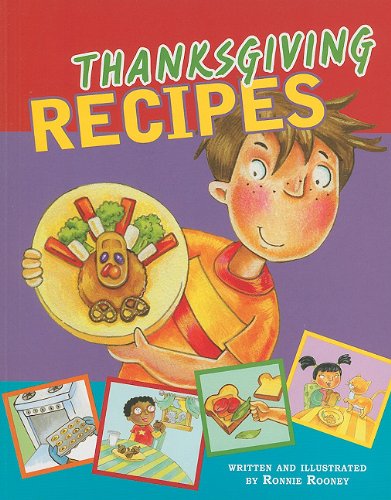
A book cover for Thanksgiving Recipes; Ronnie Rooney; Cookbooks, Food & Wine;